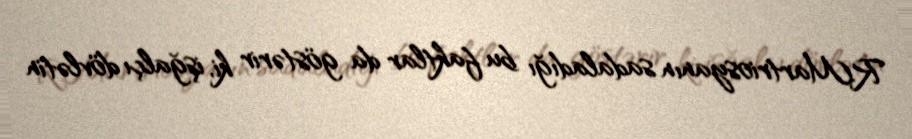
R.Martriosyanın sadaladığı bu faktlar da göstərir ki, işğalçı dövlətin